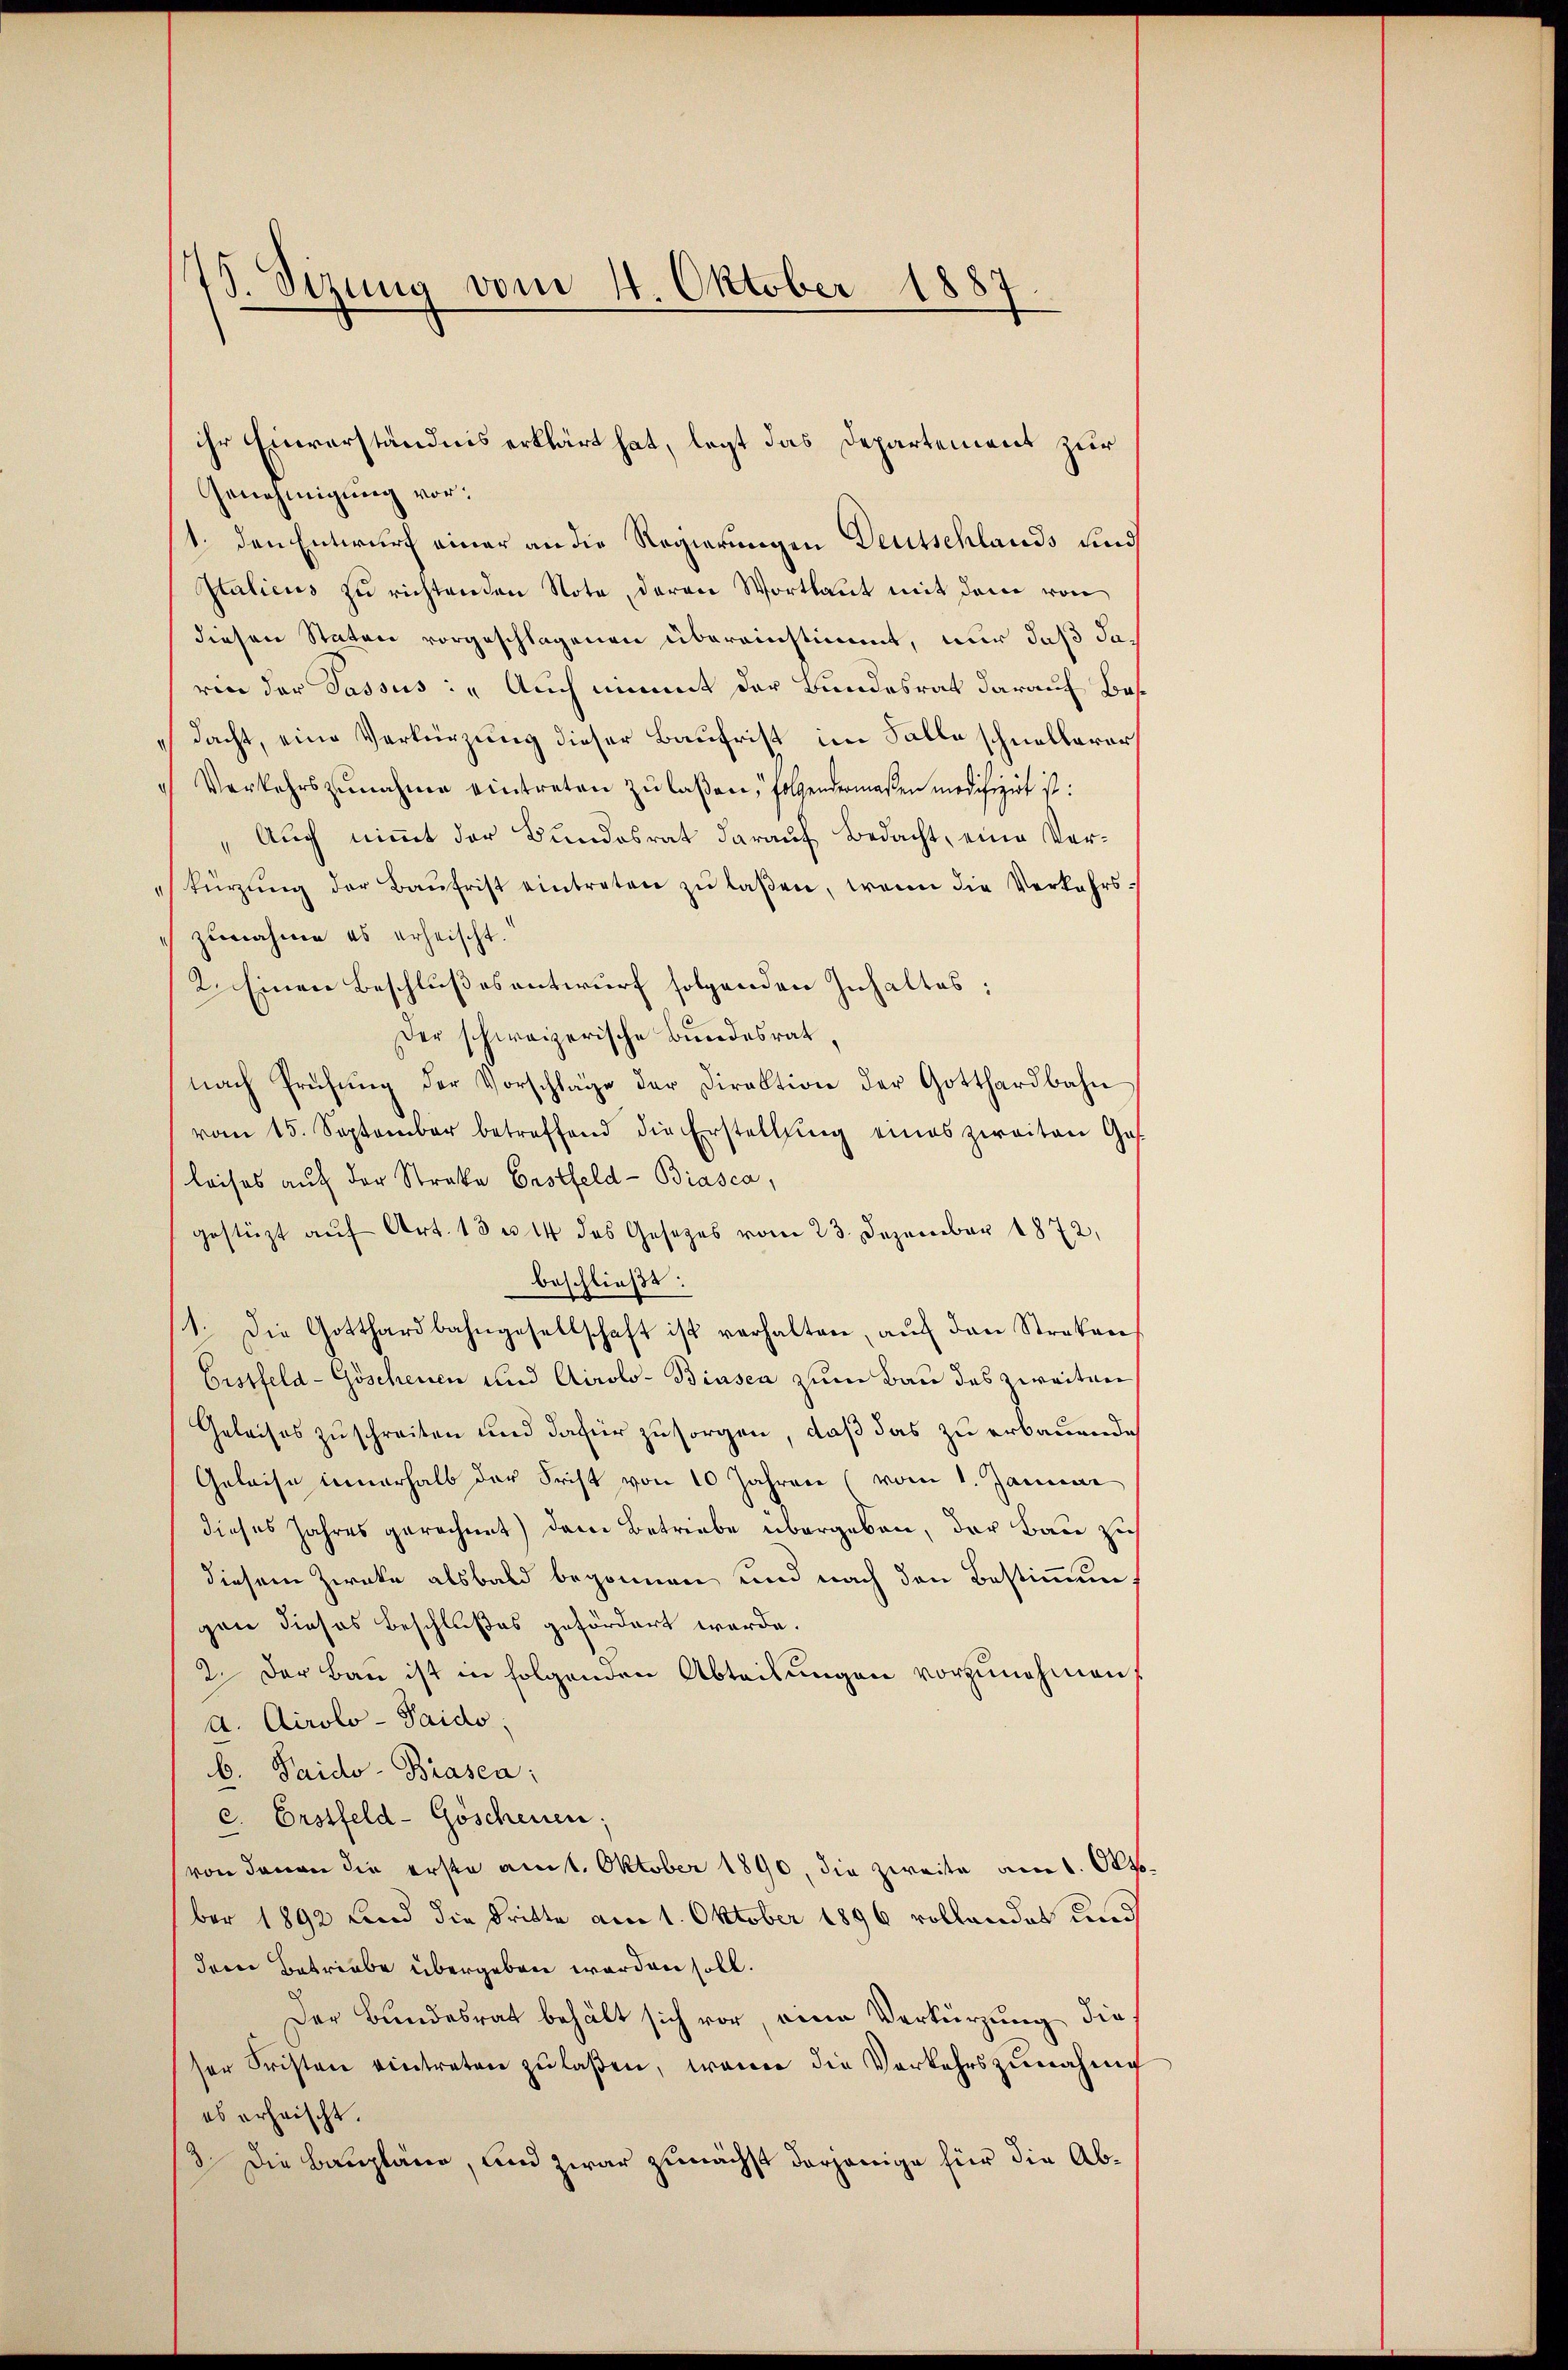
15
Sizung vom 4. Oktober 1887.

Genehmigung vor:
1. den Entwurf einer an die Regierungen Deutschlands und
Italicus zu richtenden Note deren Wortlaut mit dem von
diesen Staten vorgeschlagenen übereinstimmt, nur daß daren der Passus: „Auch nimmt der Bundesrat darauf Besdacht, eine Verkürzung dieser Baufrist im Falle schnelleror
Verkehrszŭnahme eintreten zu laßen, folgendermaßen medifizirt ist:
„Auch niṁt der Bundesrat darauf Bedacht, eine Verkürzŭng der Baŭfrist eintreten zŭ laßen, wenn die Verkehrs-
zunahme es erheischt.
2. Einen Beschlußesentwurf folgenden Inhaltes:
Der schweizerische Bundesrat,
nach Prüfŭng der Vorschläge der Direktion der Gotthardbahn
vom 15. September betreffend die Erstellung eines zweiten Ges.
leises auf der Straße Erstfeld- Biasca,
gestüzt auf Art. 13 u. 44 des Gesetzes vom 23. Dezember 1872,
beschließt:
1. Die Gotthardbahngesellschaft ist verhalten, auf den Streken¬
Eistfeld- Göschenen und Airolo- Biasca zum Bau des zweiten
Geleises zu schreiten und dafür zu sorgen, daß das zu erbauende
Geleise innerhalb der Frist von 10 Jahren (vom 1. Januar
dieses Jahres gerechnet) dem Betriebe übergeben, der Bau zu
diesem Zwecke alsbald begonnen und nach den Bestimmungen dieses Beschlußes gefördert werde.
2. Der Bau ist in folgenden Abteilungen vorzunehmen,
a. Airolo - Paido
b. Taido-Brasca:
c. Erstfeld- Göschenen;
von denen die erste am 1. Oktober 1890, die zweite am 1. Okt.
ber 1892 Lind die Dritte am 1. Oktober 1896 vollendet und
derer Betriebe übergeben worden soll.
Der Bundesrat behält sich vor, eine Verkürzung die
ser Fristen eintreten zu laßen, wenn die Vorkehrszunahme
es erheischt.
3. Die Baupläne, und zwar zunächst derjenige für die Ab¬

ihr Einverständnis erklärt hat, legt das Departement zur